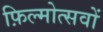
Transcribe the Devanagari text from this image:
फ़िल्मोत्सवों